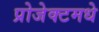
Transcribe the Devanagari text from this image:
प्रोजेक्टमधे